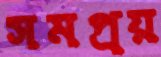
সমপ্রয়